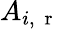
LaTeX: A_{i,\mathrm{~\mathbf~r~}}